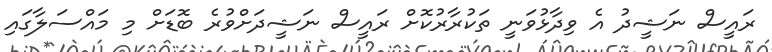
ރައީސް ނަޝީދު އެ ވިދާޅުވަނީ ތަކުރާރުކޮށް ރައީސް ނަޝީދަށްވުރެ ބޮޑަށް މި މައްސަލާގައި